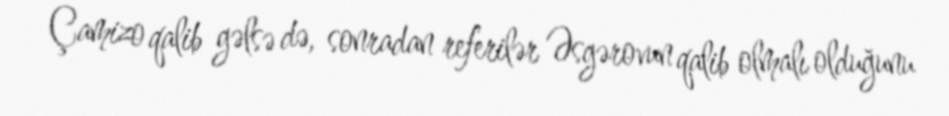
Çamizo qalib gəlsə də, sonradan referilər Əsgərovun qalib olmalı olduğunu